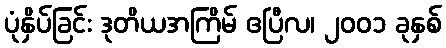
ပုံနှိပ်ခြင်း ဒုတိယအကြိမ် ဧပြီလ၊ ၂၀၀၁ ခုနှစ်